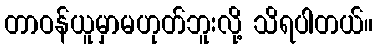
တာဝန်ယူမှာမဟုတ်ဘူးလို့ သိရပါတယ်။